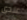
عندى